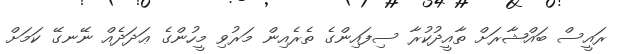
ރައީސް ބައްޝާރަށް ތާއީދުކުރާ ސިފައިންގެ ތެރެއިން މަރުވި މީހުންގެ ޢަދަދެއް ނޭނގޭ ކަމަށް